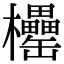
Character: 𣡧